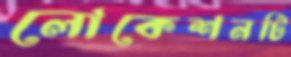
লোকেশনটি